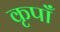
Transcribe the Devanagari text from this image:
कृपाँ